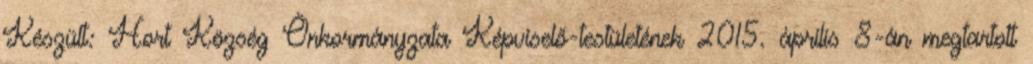
Készült: Hort Község Önkormányzata Képviselő-testületének 2015. április 8-án megtartott